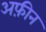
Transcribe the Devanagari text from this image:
अफ़ीन